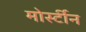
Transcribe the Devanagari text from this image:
मोर्स्टीन